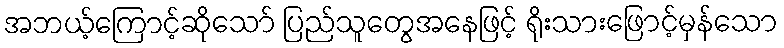
အဘယ့်ကြောင့်ဆိုသော် ပြည်သူတွေအနေဖြင့် ရိုးသားဖြောင့်မှန်သော